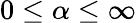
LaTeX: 0\leq\alpha\le\infty